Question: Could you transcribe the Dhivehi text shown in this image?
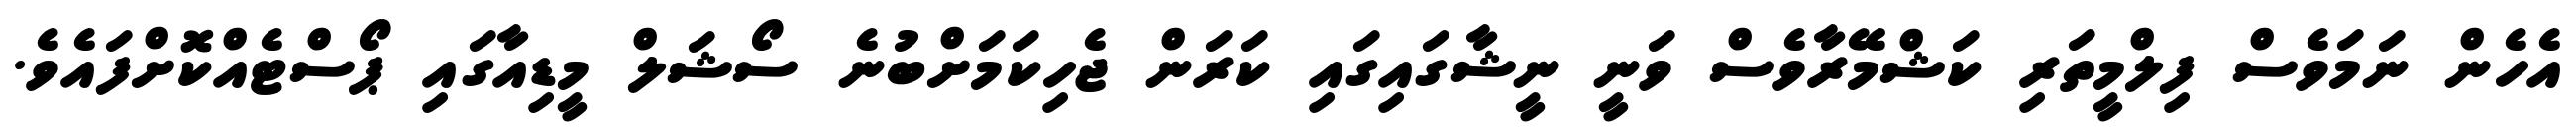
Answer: އެހެން ނަމަވެސް ފިލްމީތަރި ކަޝްމޭރާވެސް ވަނީ ނީޝާގައިގައި ކަރަން ޖެހިކަމަށްބުނެ ސޯޝަލް މީޑިއާގައި ޕޯސްޓެއްކޮށްފައެވެ.